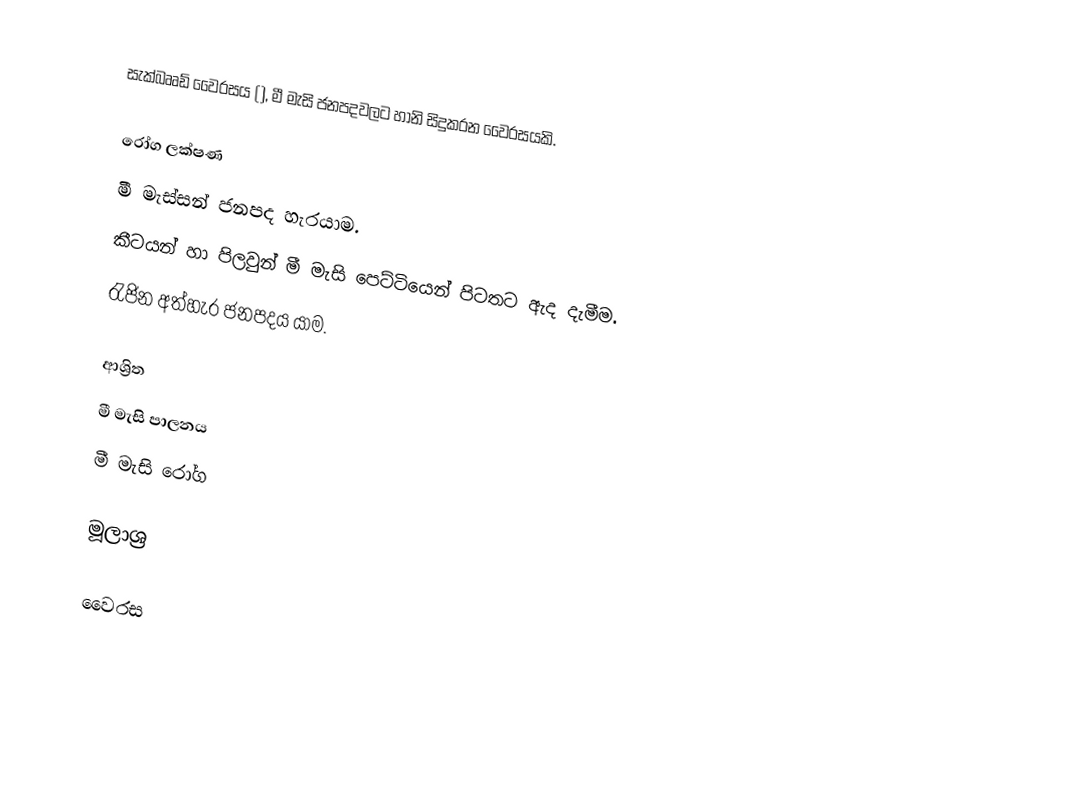
සැක්බෲඩ් වෛරසය (), මී මැසි ජනපදවලට හානි සිදුකරන වෛරසයකි.

රෝග ලක්ෂණ
 මී මැස්සන් ජනපද හැරයාම.
 කීටයන් හා පිලවුන් මී මැසි පෙට්ටියෙන් පිටතට ඇද දැමීම.
 රැජින අත්හැර ජනපදය යාම.

ආශ්‍රිත
 මී මැසි පාලනය
 මී මැසි රෝග

මූලාශ්‍ර

වෛරස